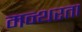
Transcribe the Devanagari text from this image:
मन्थरता